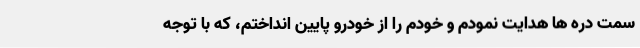
سمت دره ها هدایت نمودم و خودم را از خودرو پایین انداختم، که با توجه